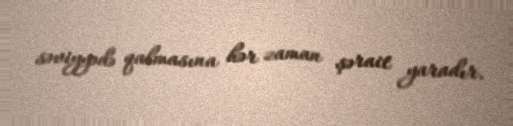
səviyyədə qalmasına hər zaman şərait yaradır.